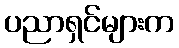
ပညာရှင်များက